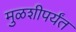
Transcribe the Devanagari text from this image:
मुळशीपर्यंत